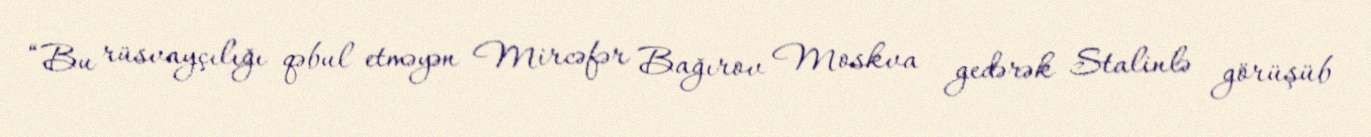
“Bu rüsvayçılığı qəbul etməyən Mircəfər Bağırov Moskva gedərək Stalinlə görüşüb